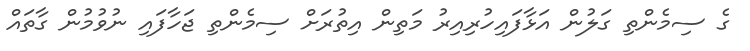
ގެ ސިމެންތި ގަލުން އަޅާފައިހުރިއިރު މަތިން އިތުރަށް ސިމެންތި ޖަހާފައި ނުވުމުން ގާތައް